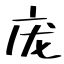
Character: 庞